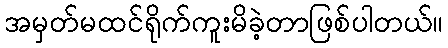
အမှတ်မထင်ရိုက်ကူးမိခဲ့တာဖြစ်ပါတယ်။